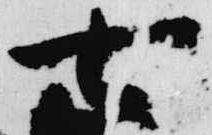
七